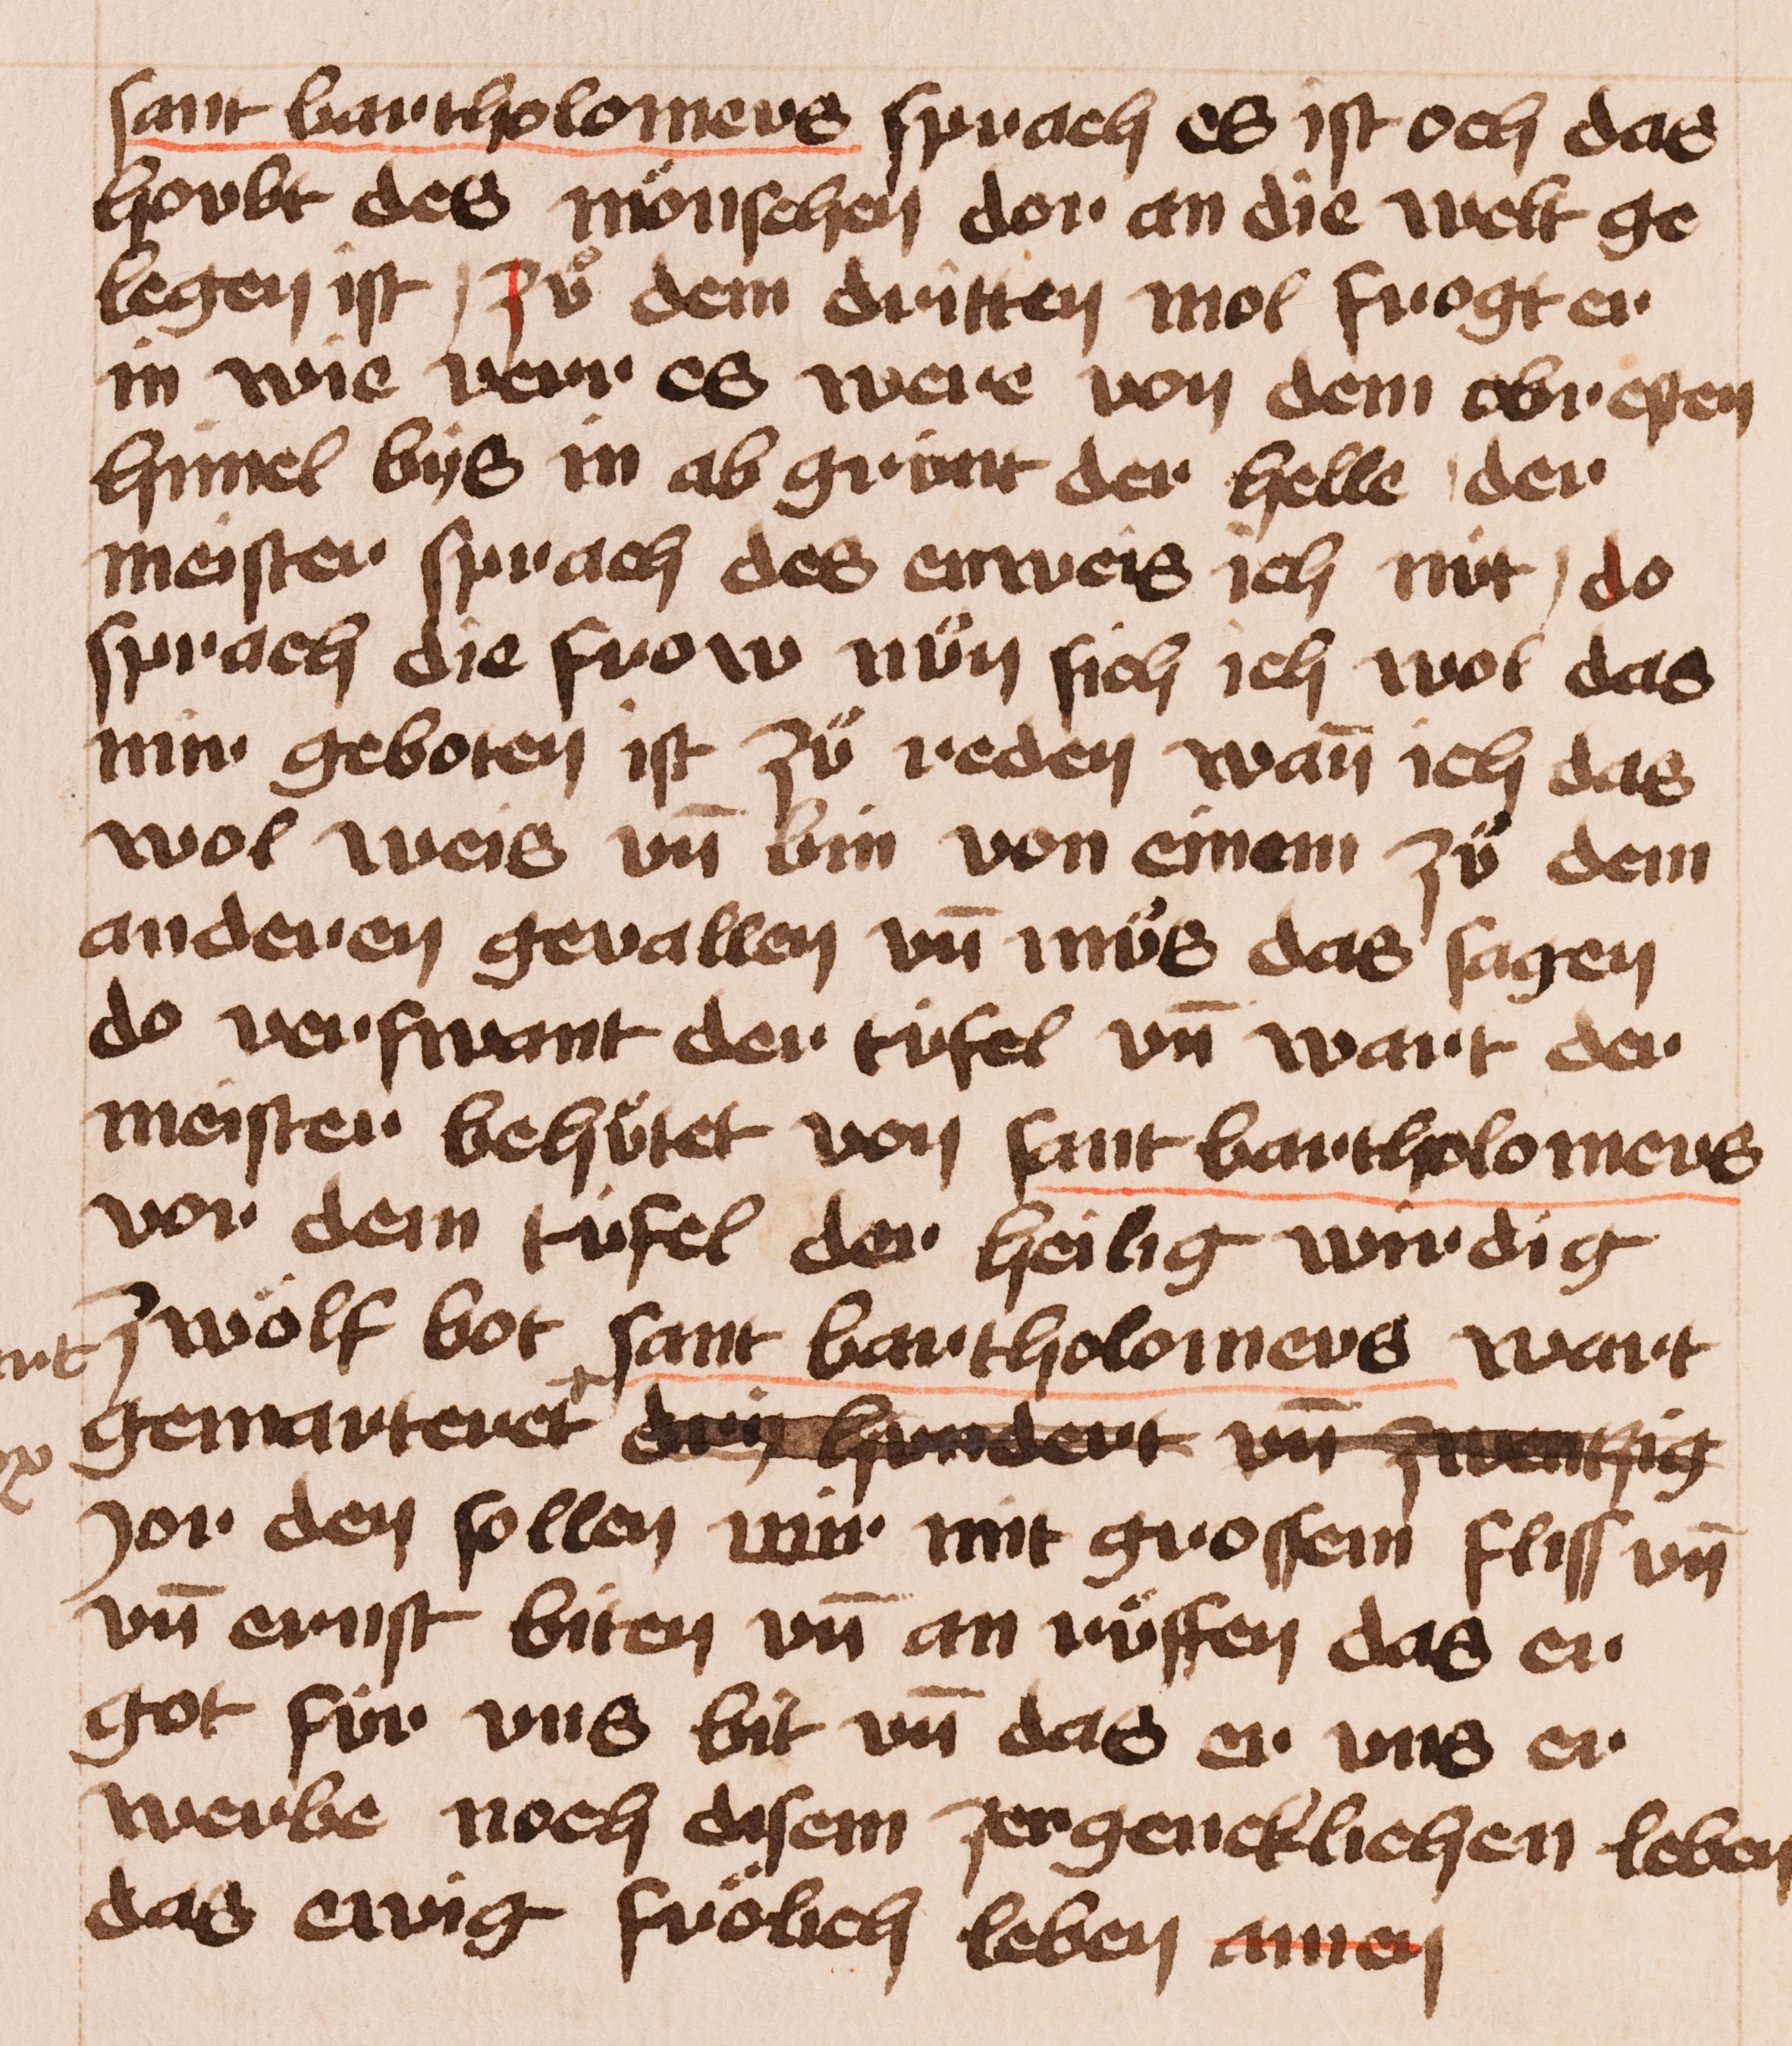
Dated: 1400–1449